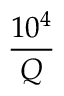
\frac { 1 0 ^ { 4 } } { Q }